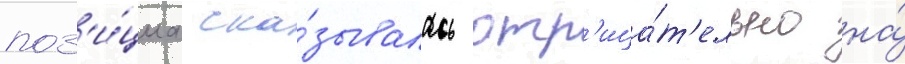
поз'и́циа ска́зывалась отр'ица́т'ельно на́